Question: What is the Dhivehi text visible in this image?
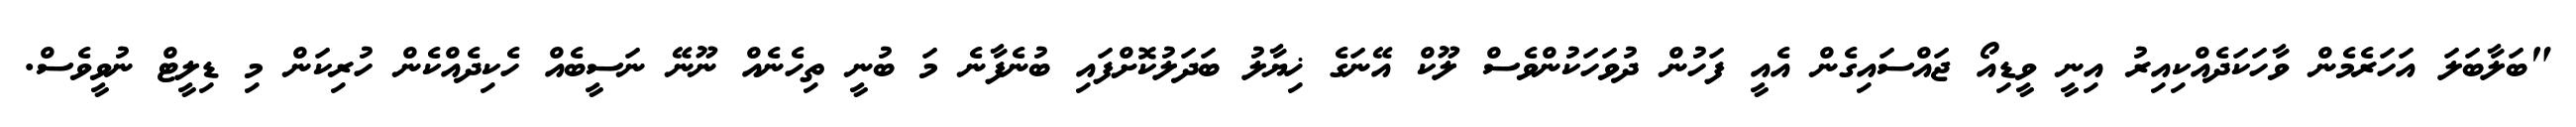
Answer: "ބަލާބަލަ އަހަރެމެން ވާހަކަދެއްކިއިރު އިނީ ވީޑިއޯ ޖައްސައިގެން އެއީ ފަހުން ދުވަހަކުންވެސް ލޫކް އޭނަގެ ޚިޔާލު ބަދަލުކޮށްފައި ބުނެފާނެ މަ ބުނީ ތިހެނެއް ނޫނޭ ނަސީބެއް ހެކިދެއްކެން ހުރިކަން މި ޑިލީޓް ނުވީވެސް.